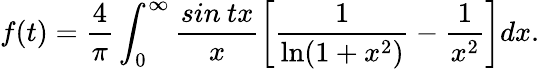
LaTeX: f(t)=\frac{4}{\pi}\int_{0}^{\infty}\frac{sin\: tx}{x}\left[\frac{1}{\ln(1+x^{2})}-\frac{1}{x^{2}}\right]dx.